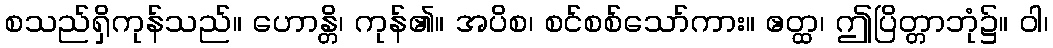
စသည်ရှိကုန်သည်။ ဟောန္တိ၊ ကုန်၏။ အပိစ၊ စင်စစ်သော်ကား။ ဧတ္ထ၊ ဤပြိတ္တာဘုံ၌။ ဝါ၊